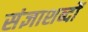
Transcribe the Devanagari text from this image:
संज्ञाशब्दों